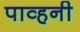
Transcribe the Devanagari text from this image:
पाव्हनी